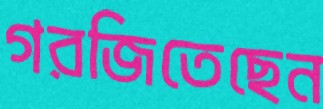
গরজিতেছেন